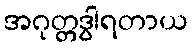
အဂုတ္တဒွါရတာယ